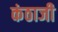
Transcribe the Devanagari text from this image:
कंठाजी